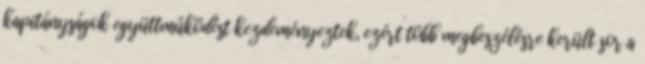
kapitányságok együttműködést kezdeményeztek, ezért több megbeszélésre került sor a